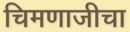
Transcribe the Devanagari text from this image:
चिमणाजीचा